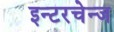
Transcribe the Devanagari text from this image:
इन्टरचेन्ज